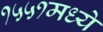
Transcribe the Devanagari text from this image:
१५५१मध्ये